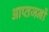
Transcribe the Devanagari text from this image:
आप्तजनों